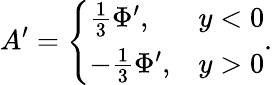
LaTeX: A^{\prime}=\left\{ \begin{array}{ll}{{\frac{1}{3}\Phi^{\prime},}}&{{y<0}}\\ {{-\frac{1}{3}\Phi^{\prime},}}&{{y>0}}\end{array}\right..